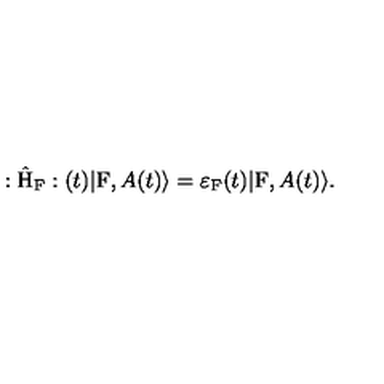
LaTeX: : \hat { \mathrm { H } } _ { \mathrm { F } } : ( t ) | \mathrm { F } , A ( t ) \rangle = { \varepsilon } _ { \mathrm { F } } ( t ) | \mathrm { F } , A ( t ) \rangle .